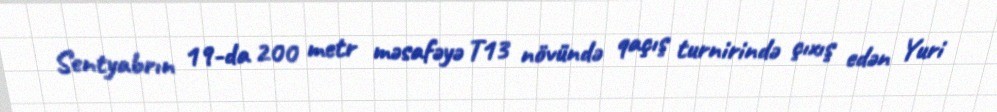
Sentyabrın 19-da 200 metr məsafəyə T13 növündə qaçış turnirində çıxış edən Yuri